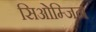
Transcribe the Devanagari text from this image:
सिओम्जिन